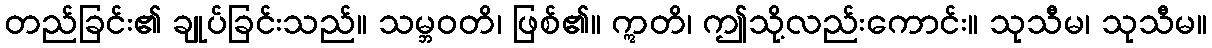
တည်ခြင်း၏ ချုပ်ခြင်းသည်။ သမ္ဘဝတိ၊ ဖြစ်၏။ ဣတိ၊ ဤသို့လည်းကောင်း။ သုသီမ၊ သုသီမ။